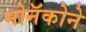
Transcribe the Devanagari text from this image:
मोनॅकोने